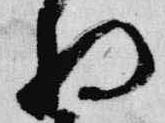
将